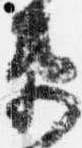
衛